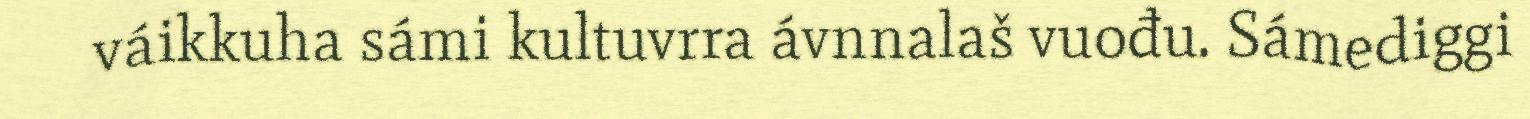
váikkuha sámi kultuvrra ávnnalaš vuođu. Sámediggi